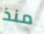
منذ